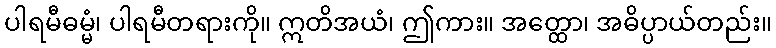
ပါရမီဓမ္မံ၊ ပါရမီတရားကို။ ဣတိအယံ၊ ဤကား။ အတ္ထော၊ အဓိပ္ပာယ်တည်း။